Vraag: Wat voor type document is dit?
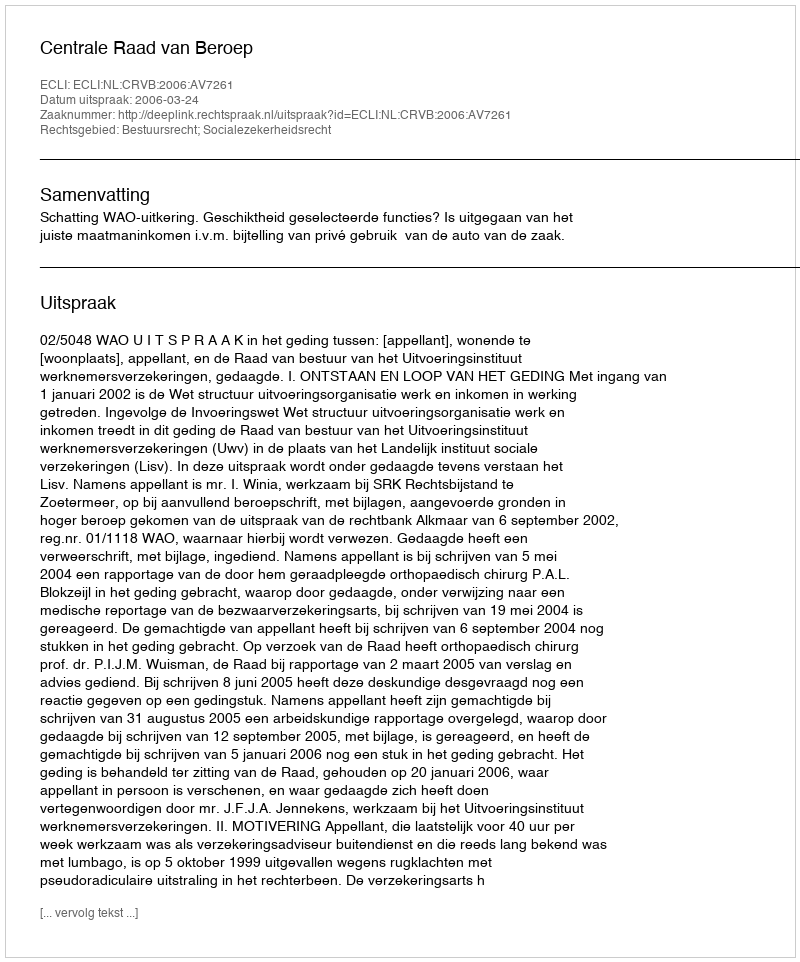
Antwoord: Uitspraak